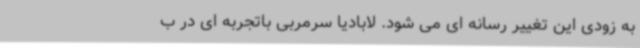
به زودی این تغییر رسانه ای می شود. لابادیا سرمربی باتجربه ای در ب